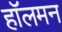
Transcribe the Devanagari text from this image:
हॉलमन